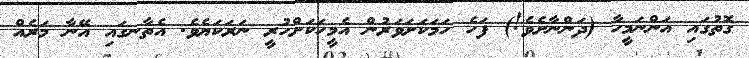
ގޮތުގައި އަންނަމީހާ (ދަންނާށެވެ!) ފަހެ ހަމަކަށަވަރުން އެމީހަކަށްހުރީ ނަރަކަޔެވެ. އެތާނގައި އޭނާ މަރެއް